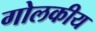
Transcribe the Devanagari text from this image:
गोलकीय